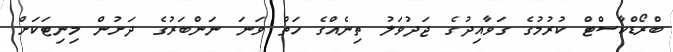
ބްރޯޑްކާސްޓް ކުރުމުގެ ގަވާއިދުގެ ޖަދުވަލު ތިނެއްގެ ހަތް ވަނަ ނަންބަރުގެ ދަށުން މިނިޓަކަށް